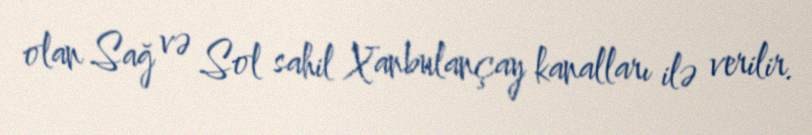
olan Sağ və Sol sahil Xanbulançay kanalları ilə verilir.